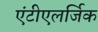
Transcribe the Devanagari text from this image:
एंटीएलर्जिक